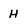
Character: H